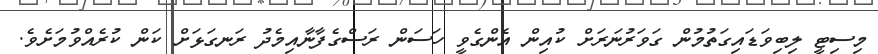
މިސިޓީ ލިބިވަޑައިގަތުމުން ގަވަރުނަރަށް ކުއިން އެންގެވީ ހަސަން ރަސްގެފާނާއިމެދު ރަނގަޅަށް ކަން ކުރެއްވުމަށެވެ.